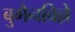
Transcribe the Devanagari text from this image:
बुगैनविल्ले